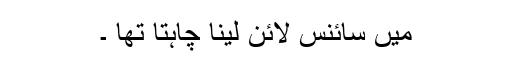
میں سائنس لائن لینا چاہتا تھا ۔